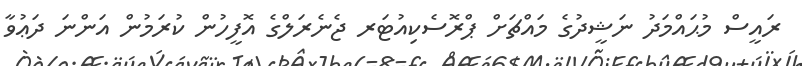
ރައީސް މުޙައްމަދު ނަޝީދުގެ މައްޗަށް ޕްރޮސެކިއުޓަރ ޖެނެރަލްގެ އޮފީހުން ކުރަމުން އަންނަ ދަޢުވާ